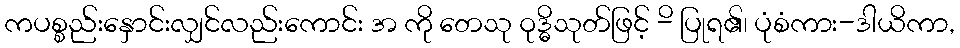
ကပစ္စည်းနှောင်းလျှင်လည်းကောင်း အ ကို တေသု ဝုဒ္ဓိသုတ်ဖြင့် -ိ ပြုရ၏၊ ပုံစံကား-ဒါယိကာ,